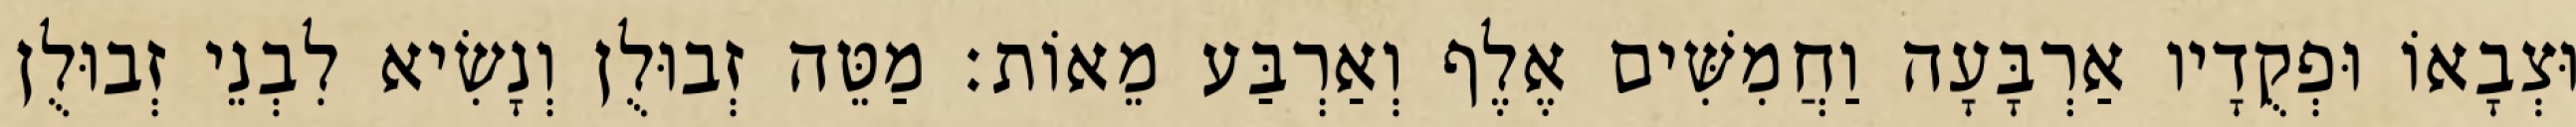
וּצְבָאוֹ וּפְקֻדָיו אַרְבָּעָה וַחֲמִשִּׁים אֶלֶף וְאַרְבַּע מֵאוֹת׃ מַטֵּה זְבוּלֻן וְנָשִׂיא לִבְנֵי זְבוּלֻן